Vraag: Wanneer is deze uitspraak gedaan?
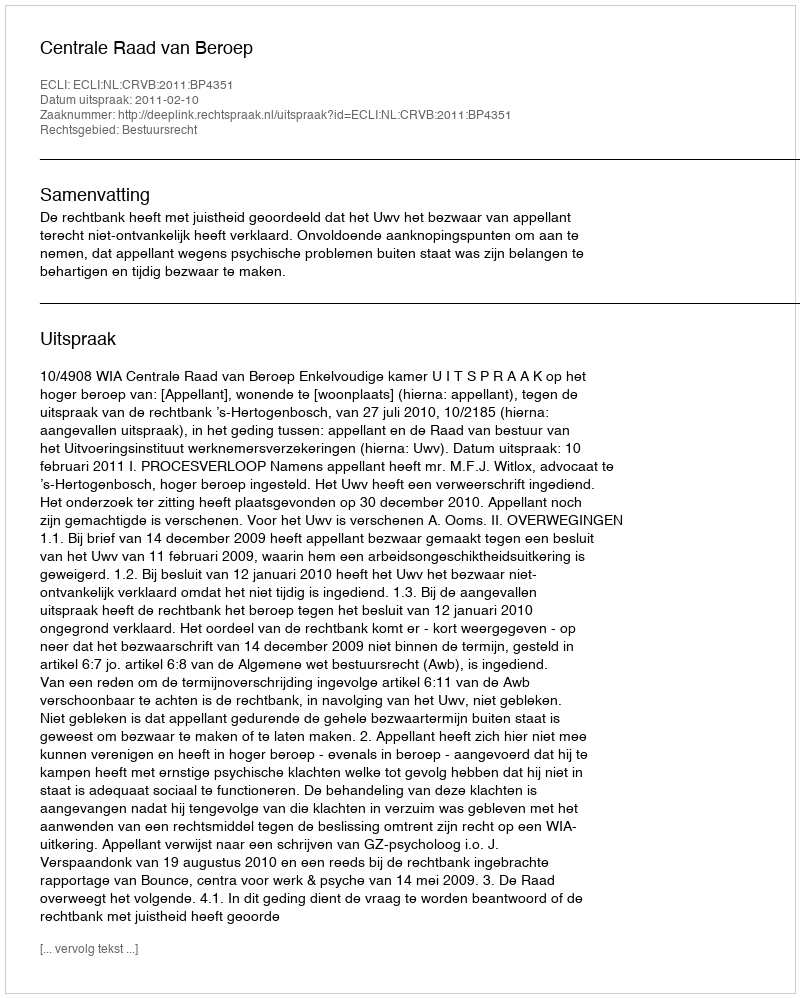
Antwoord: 2011-02-10